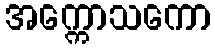
အက္ကောသကော